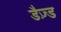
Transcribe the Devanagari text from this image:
डैज़्ड